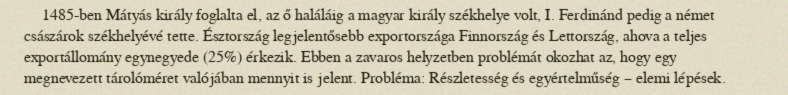
1485-ben Mátyás király foglalta el, az ő haláláig a magyar király székhelye volt, I. Ferdinánd pedig a német császárok székhelyévé tette. Észtország legjelentősebb exportországa Finnország és Lettország, ahova a teljes exportállomány egynegyede (25%) érkezik. Ebben a zavaros helyzetben problémát okozhat az, hogy egy megnevezett tárolóméret valójában mennyit is jelent. Probléma: Részletesség és egyértelműség – elemi lépések.